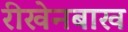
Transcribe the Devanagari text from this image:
रीखेनबाख